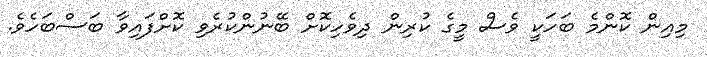
މިއިން ކޮންމެ ބަހަކީ ވެސް މީގެ ކުރިން ދިވެހިކޮށް ބޭނުންކުރެވި ކޮށްފައިވާ ބަސްބަހެވެ.